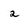
Character: 2